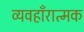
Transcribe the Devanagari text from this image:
व्यवहाँरात्मक